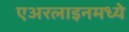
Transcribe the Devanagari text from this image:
एअरलाइनमध्ये